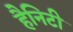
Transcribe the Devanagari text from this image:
हैनिटी